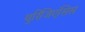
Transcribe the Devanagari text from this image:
थुरिंजिएंसिस